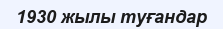
1930 жылы туғандар